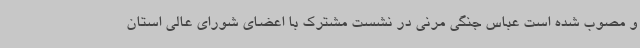
و مصوب شده است عباس جنگی مرنی در نشست مشترک با اعضای شورای عالی استان